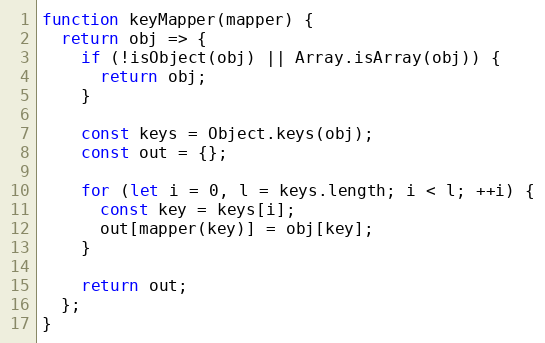
Language: JavaScript
function keyMapper(mapper) {
  return obj => {
    if (!isObject(obj) || Array.isArray(obj)) {
      return obj;
    }

    const keys = Object.keys(obj);
    const out = {};

    for (let i = 0, l = keys.length; i < l; ++i) {
      const key = keys[i];
      out[mapper(key)] = obj[key];
    }

    return out;
  };
}